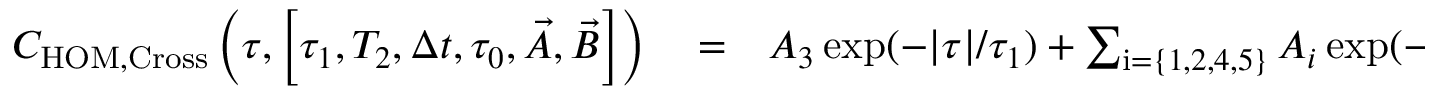
\begin{array} { r l r } { C _ { \mathrm { H O M , C r o s s } } \left( \tau , \left[ \tau _ { 1 } , T _ { 2 } , \Delta t , \tau _ { 0 } , \vec { A } , \vec { B } \right] \right) } & { { } = } & { A _ { 3 } \exp ( - | \tau | / \tau _ { 1 } ) + \sum _ { \mathrm { i } = \{ 1 , 2 , 4 , 5 \} } A _ { i } \exp ( - \left| \tau + \Delta t _ { i } \right| / \tau _ { 1 } ) } \end{array}